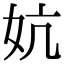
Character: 妔